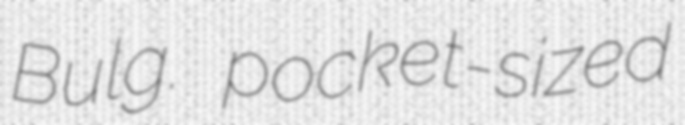
Bulg. pocket-sized